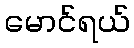
မောင်ရယ်